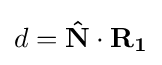
d=\mathbf {\hat {N}} \cdot \mathbf {R_{1}}